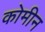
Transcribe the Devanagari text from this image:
कोमीन